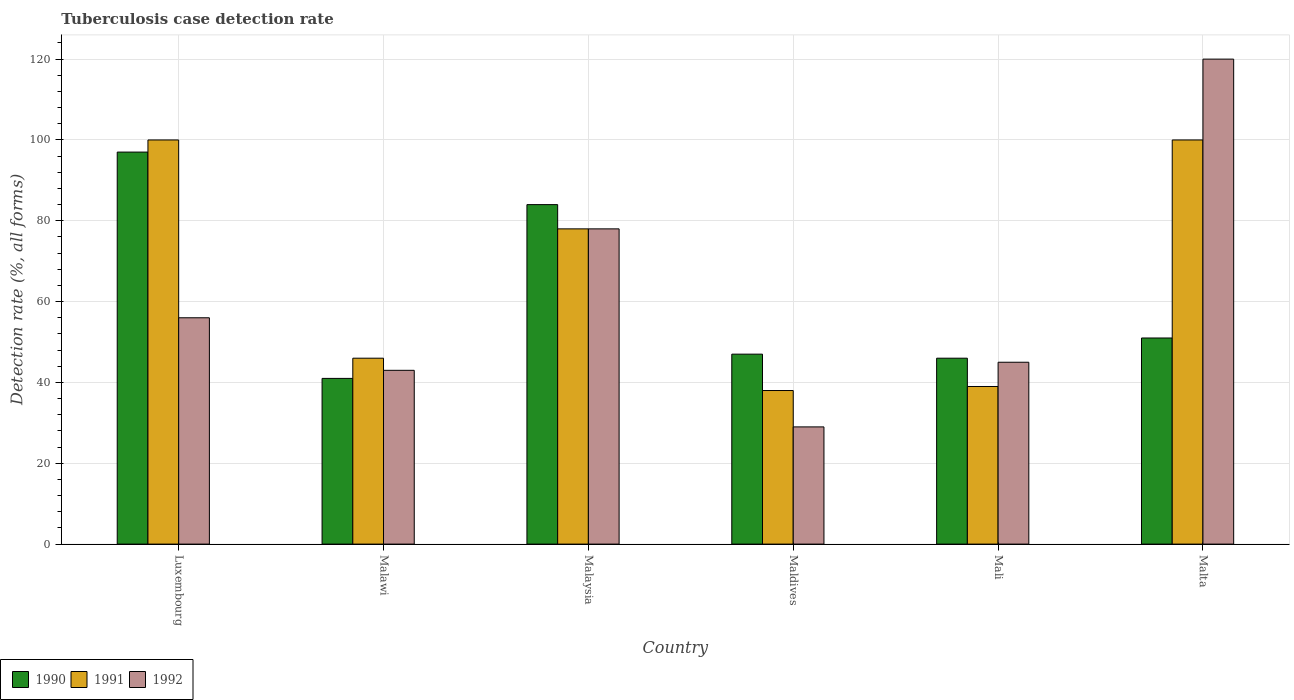
| Country | 1990 | 1991 | 1992 |
 | --- | --- | --- | --- |
 | Luxembourg | 97 | 100 | 56 |
 | Malawi | 41 | 46 | 43 |
 | Malaysia | 84 | 78 | 78 |
 | Maldives | 47 | 38 | 29 |
 | Mali | 46 | 39 | 45 |
 | Malta | 51 | 100 | 120 |